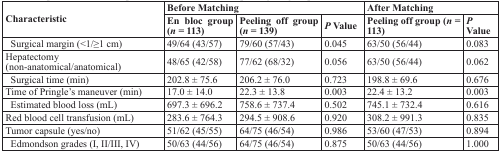
<table><thead><tr><td rowspan="2"><b>Characteristic</b></td><td colspan="3"><b>Before Matching</b></td><td colspan="2"><b>After Matching</b></td></tr><tr><td><b>En bloc group (<i>n</i> = 113)</b></td><td><b>Peeling off group (<i>n</i> = 139)</b></td><td><b><i>P</i> Value</b></td><td><b>Peeling off group (<i>n</i> = 113)</b></td><td><b><i>P</i> Value</b></td></tr></thead><tbody><tr><td> Surgical margin (&lt;1/≥1 cm)</td><td>49/64 (43/57)</td><td>79/60 (57/43)</td><td>0.045</td><td>63/50 (56/44)</td><td>0.083</td></tr><tr><td>Hepatectomy (non-anatomical/anatomical)</td><td>48/65 (42/58)</td><td>77/62 (68/32)</td><td>0.056</td><td>63/50 (56/44)</td><td>0.062</td></tr><tr><td> Surgical time (min)</td><td>202.8 ± 75.6</td><td>206.2 ± 76.0</td><td>0.723</td><td>198.8 ± 69.6</td><td>0.676</td></tr><tr><td>Time of Pringle&#x27;s maneuver (min)</td><td>17.0 ± 14.0</td><td>22.3 ± 13.8</td><td>0.003</td><td>22.4 ± 13.2</td><td>0.003</td></tr><tr><td> Estimated blood loss (mL)</td><td>697.3 ± 696.2</td><td>758.6 ± 737.4</td><td>0.502</td><td>745.1 ± 732.4</td><td>0.616</td></tr><tr><td>Red blood cell transfusion (mL)</td><td>283.6 ± 764.3</td><td>294.5 ± 908.6</td><td>0.920</td><td>308.2 ± 991.3</td><td>0.835</td></tr><tr><td>Tumor capsule (yes/no)</td><td>51/62 (45/55)</td><td>64/75 (46/54)</td><td>0.986</td><td>53/60 (47/53)</td><td>0.894</td></tr><tr><td> Edmondson grades (I, II/III, IV)</td><td>50/63 (44/56)</td><td>64/75 (46/54)</td><td>0.875</td><td>50/63 (44/56)</td><td>1.000</td></tr></tbody></table>